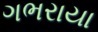
ગભરાયા